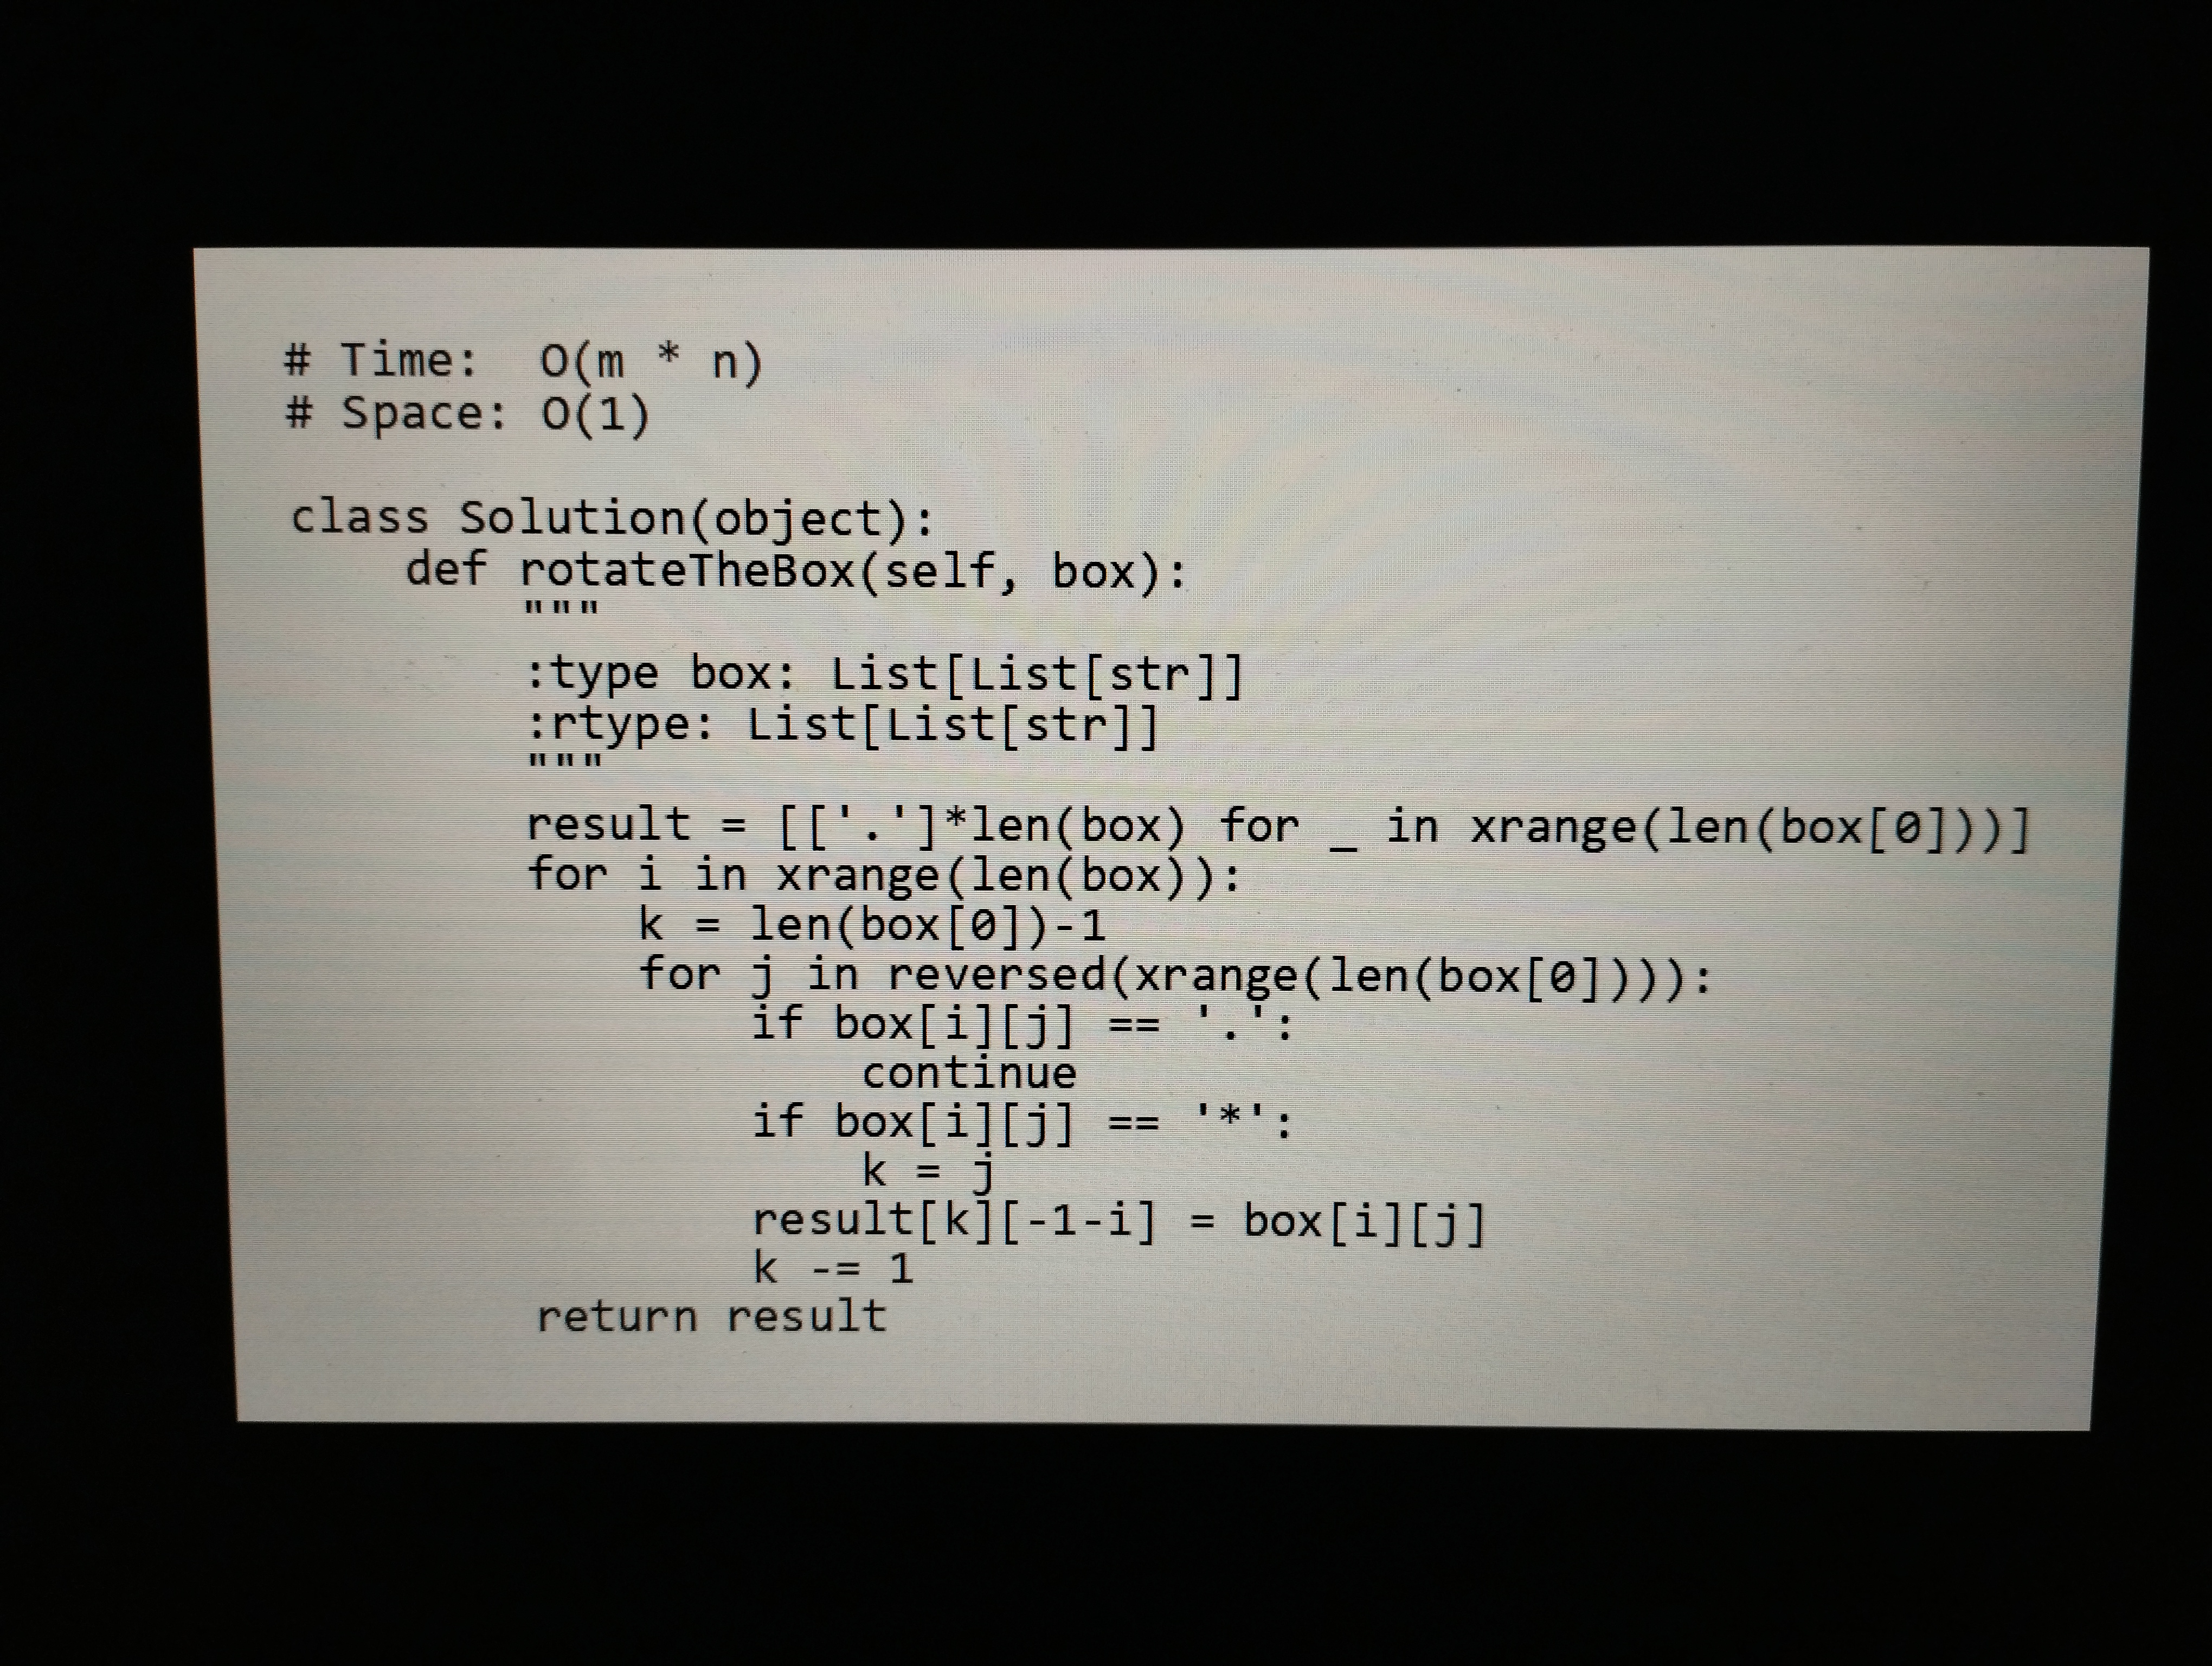
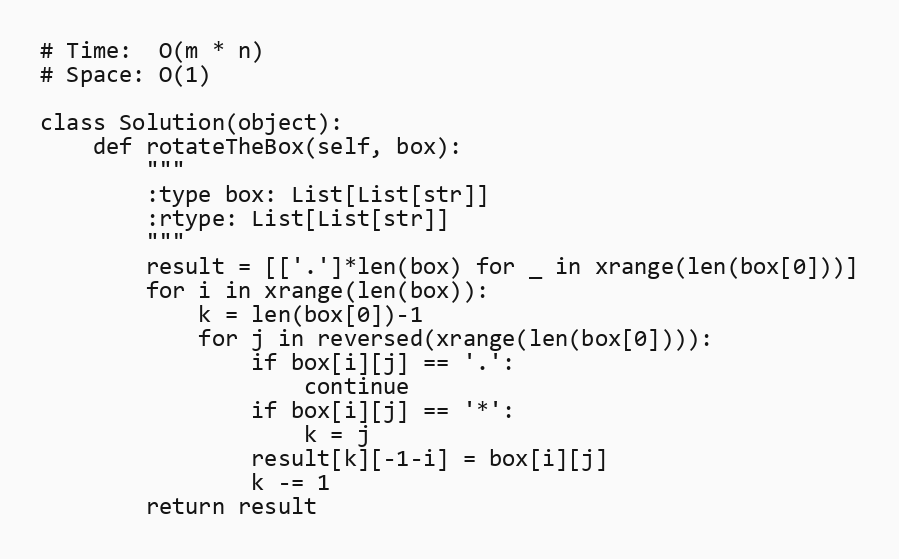
# Time:  O(m * n)
# Space: O(1)

class Solution(object):
    def rotateTheBox(self, box):
        """
        :type box: List[List[str]]
        :rtype: List[List[str]]
        """
        result = [['.']*len(box) for _ in xrange(len(box[0]))]
        for i in xrange(len(box)):
            k = len(box[0])-1
            for j in reversed(xrange(len(box[0]))):
                if box[i][j] == '.':
                    continue
                if box[i][j] == '*':
                    k = j
                result[k][-1-i] = box[i][j]
                k -= 1
        return result